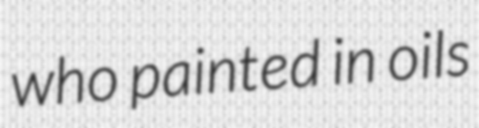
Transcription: who painted in oils